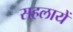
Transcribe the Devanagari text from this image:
सहलायें